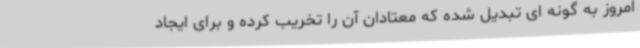
امروز به گونه ای تبدیل شده که معتادان آن را تخریب کرده و برای ایجاد